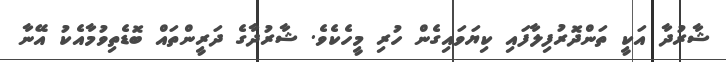
ޝާރުދާ އަކީ ތަންދޮރުފިލާފައި ކިޔަވައިގެން ހުރި މީހެކެވެ. ޝާރުދާގެ ދަރީންތައް ބޮޑެތިވުމާއެކު އޭނާ